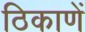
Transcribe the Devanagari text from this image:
ठिकाणें